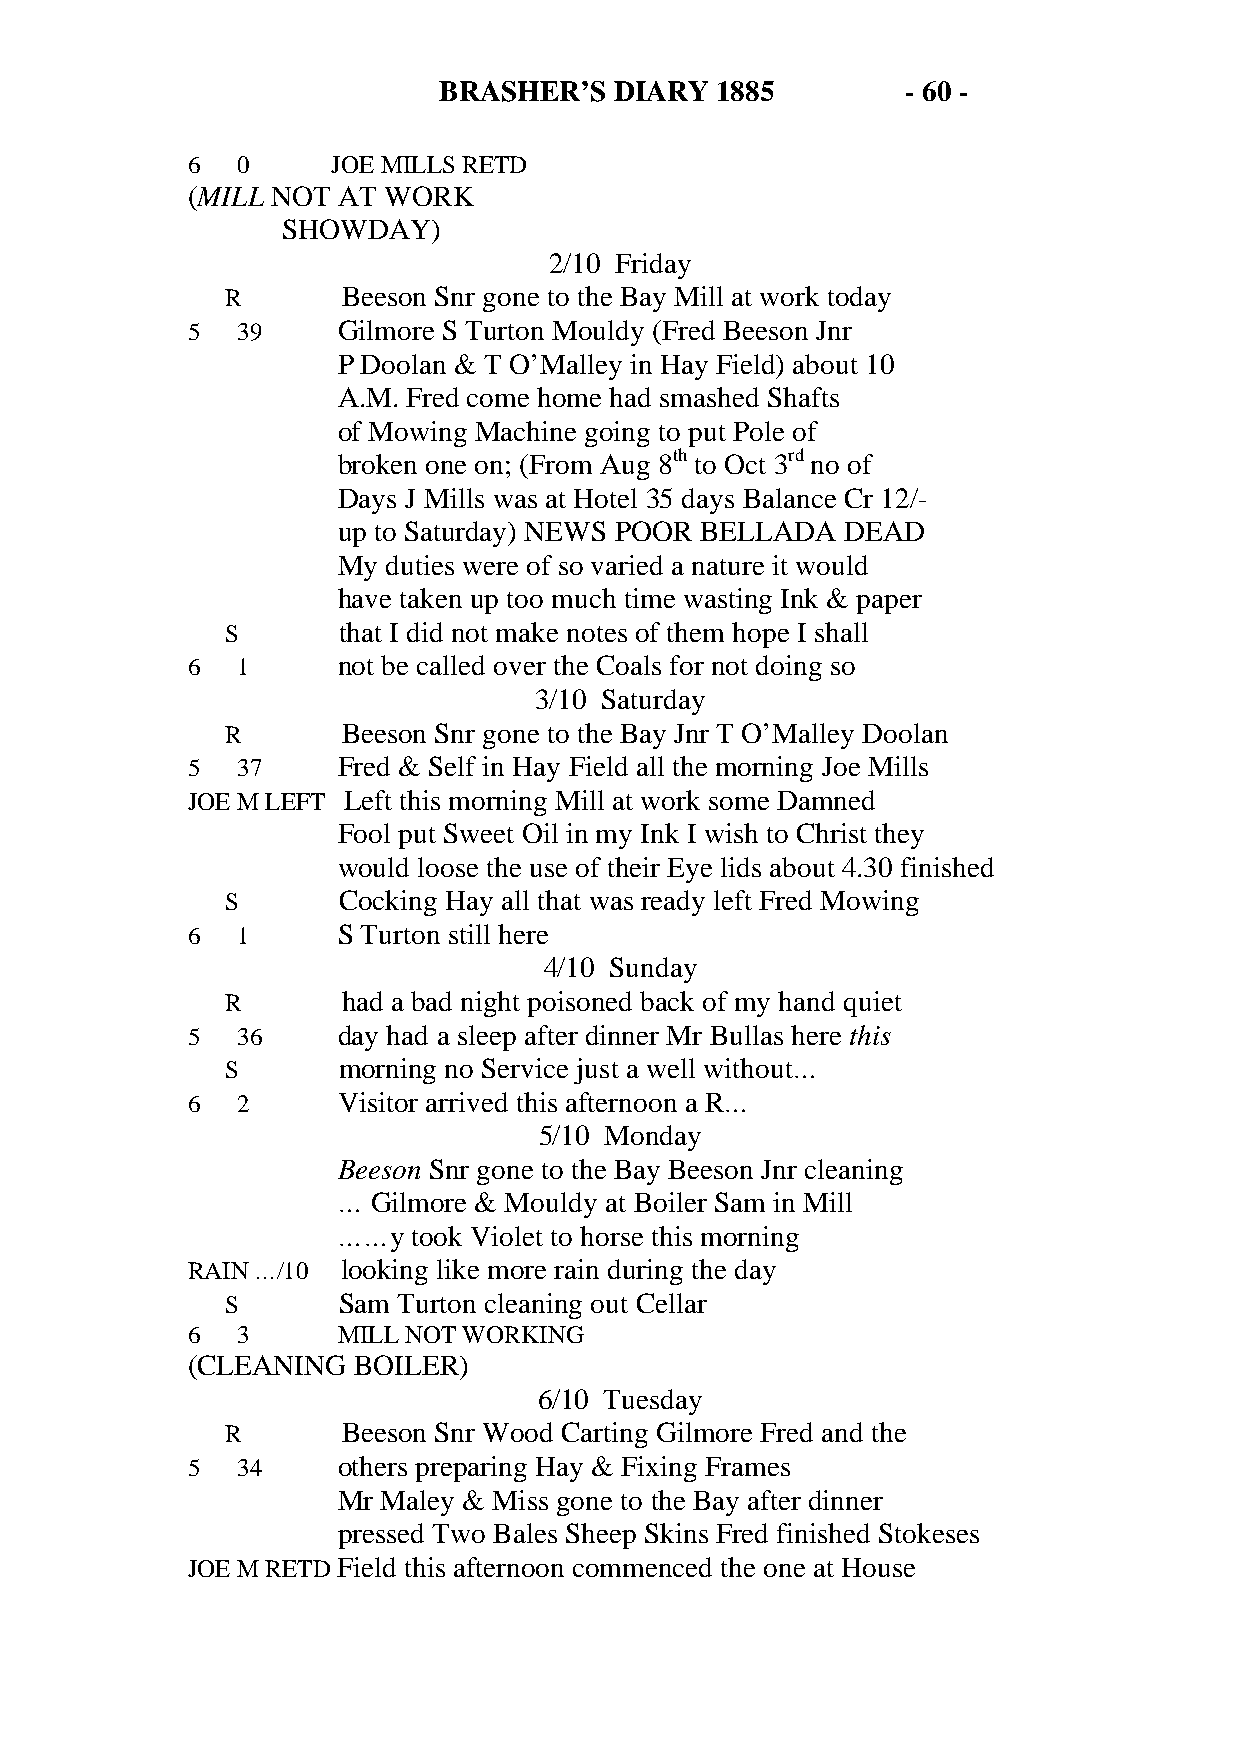
BRASHER’S   DIARY 1885         - 60 -
 6   0     JOE MILLS RETD
 (MILL NOT AT WORK
 SHOWDAY)
 2/10 Friday
 R       Beeson Snr gone to the Bay Mill at work today
 5   39    Gilmore S Turton Mouldy (Fred Beeson Jnr
 P Doolan & T O’Malley in Hay Field) about 10
 A.M. Fred come home had smashed Shafts
 of Mowing Machine going to put Pole of
 broken one on; (From Aug 8th to Oct 3rd no of
 Days J Mills was at Hotel 35 days Balance Cr 12/-
 up to Saturday) NEWS POOR BELLADA DEAD
 My  duties were of so varied a nature it would
 have taken up too much time wasting Ink & paper
 S      that I did not make notes of them hope I shall
 6   1     not be called over the Coals for not doing so
 3/10 Saturday
 R       Beeson Snr gone to the Bay Jnr T O’Malley Doolan
 5   37    Fred & Self in Hay Field all the morning Joe Mills
 JOE M LEFT Left this morning Mill at work some Damned
 Fool put Sweet Oil in my Ink I wish to Christ they
 would loose the use of their Eye lids about 4.30 finished
 S      Cocking Hay all that was ready left Fred Mowing
 6   1     S Turton still here
 4/10 Sunday
 R       had a bad night poisoned back of my hand quiet
 5   36    day had a sleep after dinner Mr Bullas here this
 S      morning no Service just a well without…
 6   2     Visitor arrived this afternoon a R…
 5/10 Monday
 Beeson Snr gone to the Bay Beeson Jnr cleaning
 …  Gilmore & Mouldy at Boiler Sam in Mill
 ……y  took Violet to horse this morning
 RAIN …/10  looking like more rain during the day
 S      Sam Turton cleaning out Cellar
 6   3     MILL NOT WORKING
 (CLEANING  BOILER)
 6/10 Tuesday
 R       Beeson Snr Wood Carting Gilmore Fred and the
 5   34    others preparing Hay & Fixing Frames
 Mr Maley & Miss gone to the Bay after dinner
 pressed Two Bales Sheep Skins Fred finished Stokeses
 JOE M RETD Field this afternoon commenced the one at House